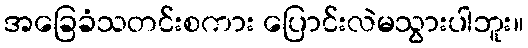
အခြေခံသတင်းစကား ပြောင်းလဲမသွားပါဘူး။